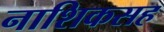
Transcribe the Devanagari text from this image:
नाशिकसह